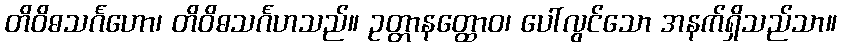
တိဝိဓသင်္ဂဟော၊ တိဝိဓသင်္ဂဟသည်။ ဥတ္တာနတ္ထောဝ၊ ပေါ်လွင်သော အနက်ရှိသည်သာ။